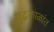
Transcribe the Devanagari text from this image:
युद्धकाळांत